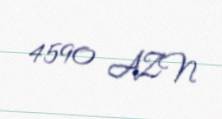
4590 AZN